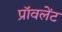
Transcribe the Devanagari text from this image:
प्रॉवलेंट